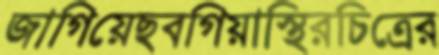
জাগিয়েছবগিয়াস্থিরচিত্রের